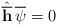
LaTeX: \begin{align*}\hat {\overline {\bf h}} \, \overline {\psi} = 0\end{align*}